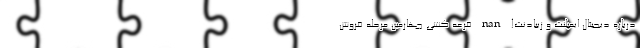
درباره دیجیتال ایمپلنت و زیبادنت! nan قرعه کشی چهارمین مرحله فروش